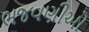
ભજવણીઓ